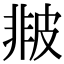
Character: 𤿻